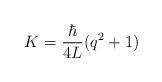
LaTeX: \begin{align*}K = \frac{\hbar}{4L} (q^2+1)\end{align*}